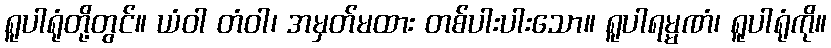
ရူပါရုံတို့တွင်။ ယံဝါ တံဝါ၊ အမှတ်မထား တစ်ပါးပါးသော။ ရူပါရမ္မဏံ၊ ရူပါရုံကို။